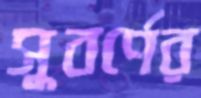
সুবর্ণের